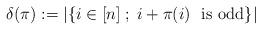
LaTeX: \begin{align*} \delta(\pi) := \left| \{ i\in [n] \; ; \; i+\pi(i) ~~ \mathrm{is}~\mathrm{odd}\}\right|\end{align*}